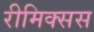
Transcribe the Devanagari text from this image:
रीमिक्सस